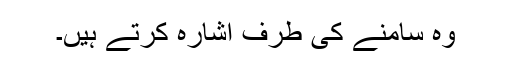
وہ سامنے کی طرف اشارہ کرتے ہیں۔